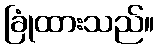
ခြုံထားသည်။